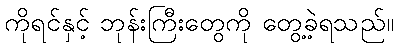
ကိုရင်နှင့် ဘုန်းကြီးတွေကို တွေ့ခဲ့ရသည်။